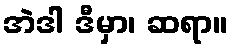
အဲဒါ ဒီမှာ၊ ဆရာ။